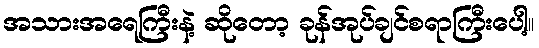
အသားအရေကြီးနဲ့ ဆိုတော့ ခုန်အုပ်ချင်စရာကြီးပေါ့။